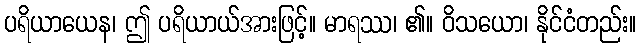
ပရိယာယေန၊ ဤ ပရိယာယ်အားဖြင့်။ မာရဿ၊ ၏။ ဝိသယော၊ နိုင်ငံတည်း။